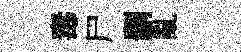
毒尸删亂